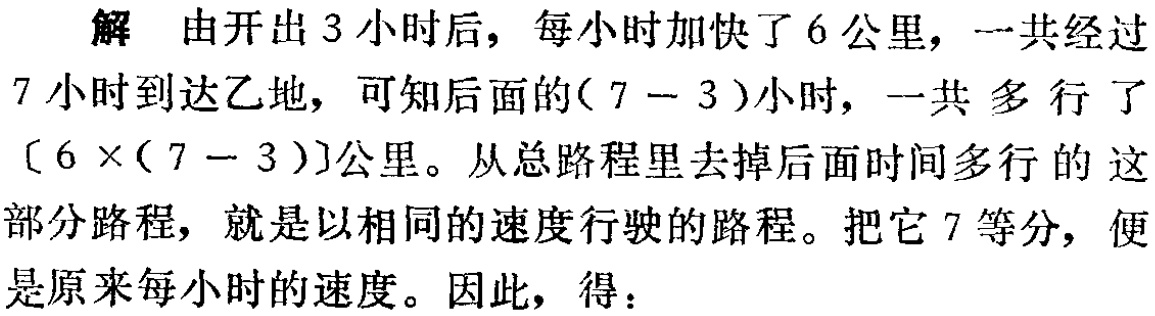
解 由开出 3 小时后，每小时加快了 6 公里，一共经过
7 小时到达乙地，可知后面的\((7 - 3)\)小时，一共 多 行 了
\([6\times(7 - 3)]\)公里。从总路程里去掉后面时间多行的 这
部分路程，就是以相同的速度行驶的路程。把它 7 等分，便
是原来每小时的速度。因此，得：